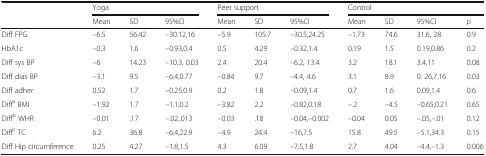
| <ROWSPAN=2>  | <COLSPAN=3> Yoga | <COLSPAN=3> Peer support | <COLSPAN=4> Control |
 | Mean | SD | 95%CI | Mean | SD | 95%CI | Mean | SD | 95%CI | p |
 | --- | --- | --- | --- | --- | --- | --- | --- | --- | --- | --- |
 | Diff FPG | –6.5 | 56.42 | –30.12,16 | –5.9 | 105.7 | –30.5,24.25 | –1.73 | 74.6 | 31.6, 28 | 0.9 |
 | HbA1c | –0.3 | 1.6 | –0.93,0.4 | 0.5 | 4.29 | –0.32,1.4 | 0.19 | 1.5 | 0.19,0.86 | 0.2 |
 | Diff sys BP | –6 | 14.23 | –10.3, 0.03 | 2.4 | 20.4 | –6.2, 13.4 | 3.2 | 18.1 | 3.4,11 | 0.08 |
 | Diff dias BP | –3.1 | 9.5 | –6.4,0.77 | –0.84 | 9.7 | –4.4, 4.6 | 3.1 | 8.9 | 0. 26,7.16 | 0.03 |
 | Diff adher | 0.52 | 1.7 | –0.25,0.9 | 0.2 | 1.8 | –0.09,1.4 | 0.7 | 1.6 | 0.09,1.4 | 0.6 |
 | Diffa BMI | –1.92 | 1.7 | –1.1,0.2 | –3.82 | 2.2 | –0.82,0.18 | –.2 | –4.5 | –0.65,0.21 | 0.65 |
 | Diffb WHR | –0.01 | .17 | –.02,.013 | –0.03 | .18 | –0.04,–0.002 | –0.04 | 0.05 | –.05,–.01 | 0.12 |
 | Diffc TC | 6.2 | 36.8 | –6.4,22.9 | –4.9 | 24.4 | –16,7.5 | 15.8 | 49.5 | –5.1,34.3 | 0.15 |
 | Diff Hip circumference | 0.25 | 4.27 | –1.8,1.5 | 4.3 | 6.09 | –7.5,1.8 | 2.7 | 4.04 | –4.4,–1.3 | 0.006 |